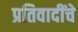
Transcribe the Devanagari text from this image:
प्रतिवादींचे